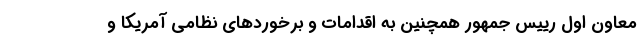
معاون اول رییس جمهور همچنین به اقدامات و برخوردهای نظامی آمریکا و